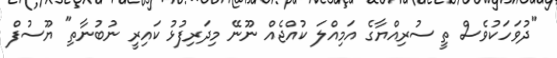
"ދުވަހަކުވެސް ތީ ސުރިއްޔާގެ އަމިއްލަ ކުއްޖެއް ނޫނޭ މިދަރިފުޅު ކައިރީ ނުބުނާތި" ޔޫސުފް